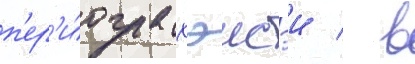
п'ер'и́ода хэисэи / в